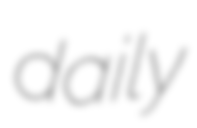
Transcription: daily